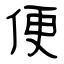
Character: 便